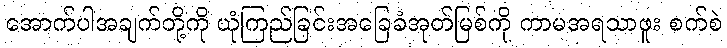
အောက်ပါအချက်တို့ကို ယုံကြည်ခြင်းအခြေခံအုတ်မြစ်ကို ကာမအရသာဖူး စက်စဲ